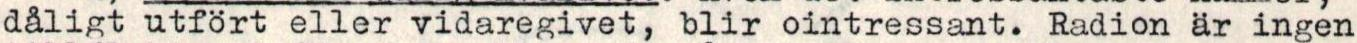
dåligt utfört eller vidaregivet, blir ointressant. Radion ar ingen